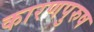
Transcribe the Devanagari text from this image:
कारणपुरुष